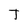
Character: T